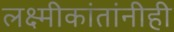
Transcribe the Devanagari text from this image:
लक्ष्मीकांतांनीही